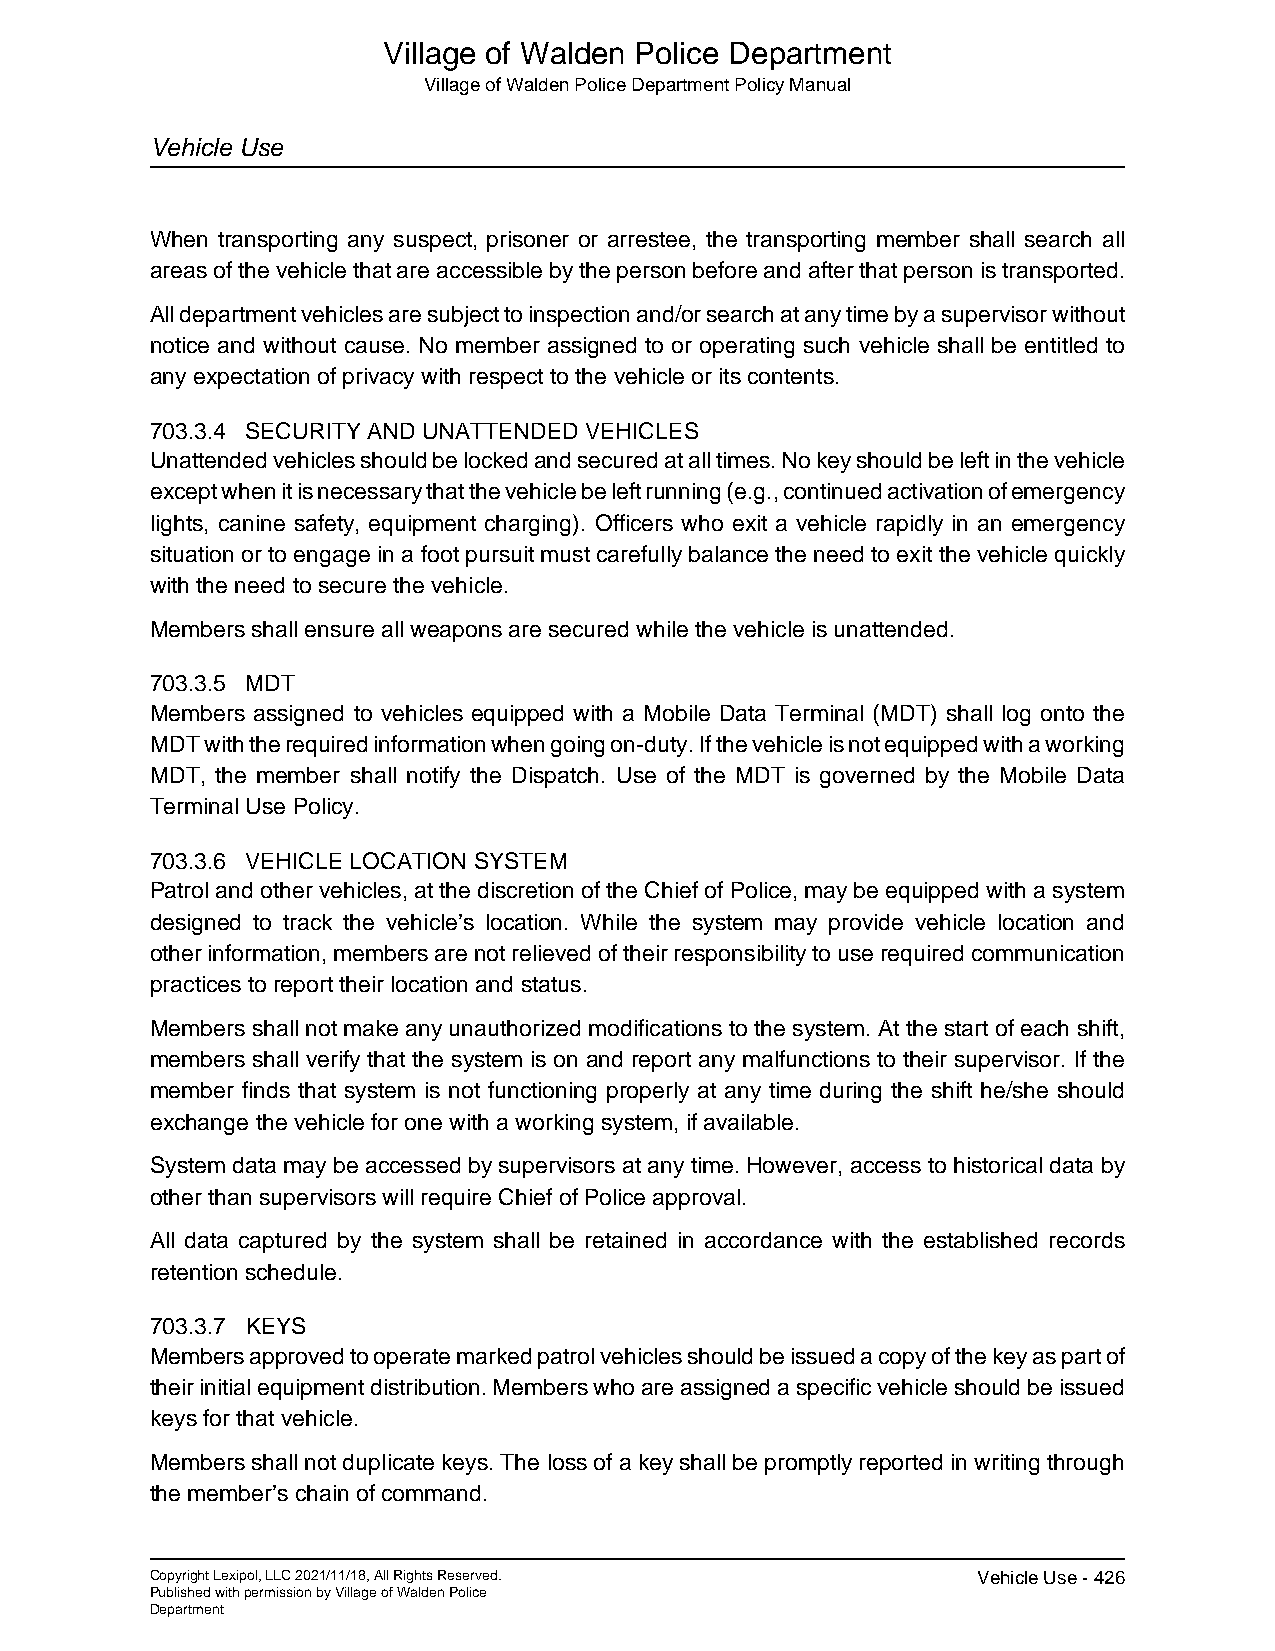
Village of Walden Police Department
 Village of Walden Police Department Policy Manual
 Vehicle Use
 When transporting any suspect, prisoner or arrestee, the transporting member shall search all
 areas of the vehicle that are accessible by the person before and after that person is transported.
 All department vehicles are subject to inspection and/or search at any time by a supervisor without
 notice and without cause. No member assigned to or operating such vehicle shall be entitled to
 any expectation of privacy with respect to the vehicle or its contents.
 703.3.4 SECURITY AND UNATTENDED VEHICLES
 Unattended vehicles should be locked and secured at all times. No key should be left in the vehicle
 except when it is necessary that the vehicle be left running (e.g., continued activation of emergency
 lights, canine safety, equipment charging). Officers who exit a vehicle rapidly in an emergency
 situation or to engage in a foot pursuit must carefully balance the need to exit the vehicle quickly
 with the need to secure the vehicle.
 Members shall ensure all weapons are secured while the vehicle is unattended.
 703.3.5 MDT
 Members assigned to vehicles equipped with a Mobile Data Terminal (MDT) shall log onto the
 MDT with the required information when going on-duty. If the vehicle is not equipped with a working
 MDT, the member shall notify the Dispatch. Use of the MDT is governed by the Mobile Data
 Terminal Use Policy.
 703.3.6 VEHICLE LOCATION SYSTEM
 Patrol and other vehicles, at the discretion of the Chief of Police, may be equipped with a system
 designed to track the vehicle’s location. While the system may provide vehicle location and
 other information, members are not relieved of their responsibility to use required communication
 practices to report their location and status.
 Members shall not make any unauthorized modifications to the system. At the start of each shift,
 members shall verify that the system is on and report any malfunctions to their supervisor. If the
 member finds that system is not functioning properly at any time during the shift he/she should
 exchange the vehicle for one with a working system, if available.
 System data may be accessed by supervisors at any time. However, access to historical data by
 other than supervisors will require Chief of Police approval.
 All data captured by the system shall be retained in accordance with the established records
 retention schedule.
 703.3.7 KEYS
 Members approved to operate marked patrol vehicles should be issued a copy of the key as part of
 their initial equipment distribution. Members who are assigned a specific vehicle should be issued
 keys for that vehicle.
 Members shall not duplicate keys. The loss of a key shall be promptly reported in writing through
 the member’s chain of command.
 Copyright Lexipol, LLC 2021/11/18, All Rights Reserved. Vehicle Use - 426
 Published with permission by Village of Walden Police
 Department